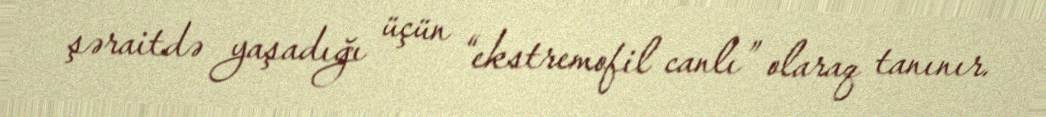
şəraitdə yaşadığı üçün “ekstremofil canlı” olaraq tanınır.